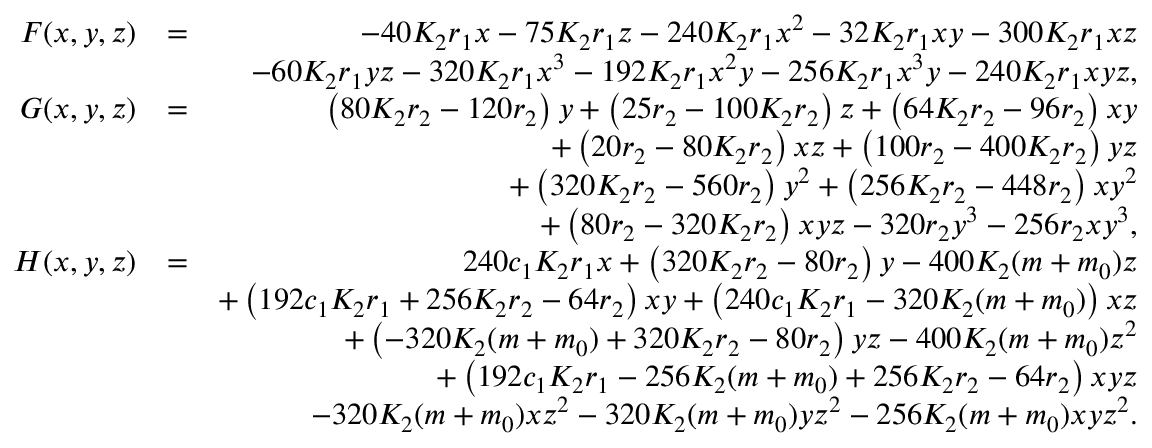
\begin{array} { r l r } { F ( x , y , z ) } & { = } & { - 4 0 K _ { 2 } r _ { 1 } x - 7 5 K _ { 2 } r _ { 1 } z - 2 4 0 K _ { 2 } r _ { 1 } x ^ { 2 } - 3 2 K _ { 2 } r _ { 1 } x y - 3 0 0 K _ { 2 } r _ { 1 } x z } \\ & { } & { - 6 0 K _ { 2 } r _ { 1 } y z - 3 2 0 K _ { 2 } r _ { 1 } x ^ { 3 } - 1 9 2 K _ { 2 } r _ { 1 } x ^ { 2 } y - 2 5 6 K _ { 2 } r _ { 1 } x ^ { 3 } y - 2 4 0 K _ { 2 } r _ { 1 } x y z , } \\ { G ( x , y , z ) } & { = } & { \left( 8 0 K _ { 2 } r _ { 2 } - 1 2 0 r _ { 2 } \right) y + \left( 2 5 r _ { 2 } - 1 0 0 K _ { 2 } r _ { 2 } \right) z + \left( 6 4 K _ { 2 } r _ { 2 } - 9 6 r _ { 2 } \right) x y } \\ & { } & { + \left( 2 0 r _ { 2 } - 8 0 K _ { 2 } r _ { 2 } \right) x z + \left( 1 0 0 r _ { 2 } - 4 0 0 K _ { 2 } r _ { 2 } \right) y z } \\ & { } & { + \left( 3 2 0 K _ { 2 } r _ { 2 } - 5 6 0 r _ { 2 } \right) y ^ { 2 } + \left( 2 5 6 K _ { 2 } r _ { 2 } - 4 4 8 r _ { 2 } \right) x y ^ { 2 } } \\ & { } & { + \left( 8 0 r _ { 2 } - 3 2 0 K _ { 2 } r _ { 2 } \right) x y z - 3 2 0 r _ { 2 } y ^ { 3 } - 2 5 6 r _ { 2 } x y ^ { 3 } , } \\ { H ( x , y , z ) } & { = } & { 2 4 0 c _ { 1 } K _ { 2 } r _ { 1 } x + \left( 3 2 0 K _ { 2 } r _ { 2 } - 8 0 r _ { 2 } \right) y - 4 0 0 K _ { 2 } ( m + m _ { 0 } ) z } \\ & { } & { + \left( 1 9 2 c _ { 1 } K _ { 2 } r _ { 1 } + 2 5 6 K _ { 2 } r _ { 2 } - 6 4 r _ { 2 } \right) x y + \left( 2 4 0 c _ { 1 } K _ { 2 } r _ { 1 } - 3 2 0 K _ { 2 } ( m + m _ { 0 } ) \right) x z } \\ & { } & { + \left( - 3 2 0 K _ { 2 } ( m + m _ { 0 } ) + 3 2 0 K _ { 2 } r _ { 2 } - 8 0 r _ { 2 } \right) y z - 4 0 0 K _ { 2 } ( m + m _ { 0 } ) z ^ { 2 } } \\ & { } & { + \left( 1 9 2 c _ { 1 } K _ { 2 } r _ { 1 } - 2 5 6 K _ { 2 } ( m + m _ { 0 } ) + 2 5 6 K _ { 2 } r _ { 2 } - 6 4 r _ { 2 } \right) x y z } \\ & { } & { - 3 2 0 K _ { 2 } ( m + m _ { 0 } ) x z ^ { 2 } - 3 2 0 K _ { 2 } ( m + m _ { 0 } ) y z ^ { 2 } - 2 5 6 K _ { 2 } ( m + m _ { 0 } ) x y z ^ { 2 } . } \end{array}